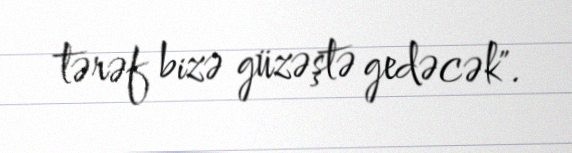
tərəf bizə güzəştə gedəcək".